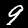
Digit: 9